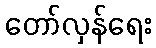
တော်လှန်ရေး